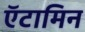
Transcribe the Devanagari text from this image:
ऍटामिन